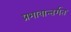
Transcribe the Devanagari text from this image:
प्रभावान्तर्गत